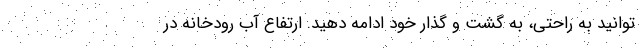
توانید به راحتی، به گشت و گذار خود ادامه دهید. ارتفاع آب رودخانه در